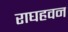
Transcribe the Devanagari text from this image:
राघहवन